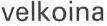
velkoina